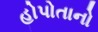
હોપોતાનો